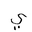
Letter: _ya